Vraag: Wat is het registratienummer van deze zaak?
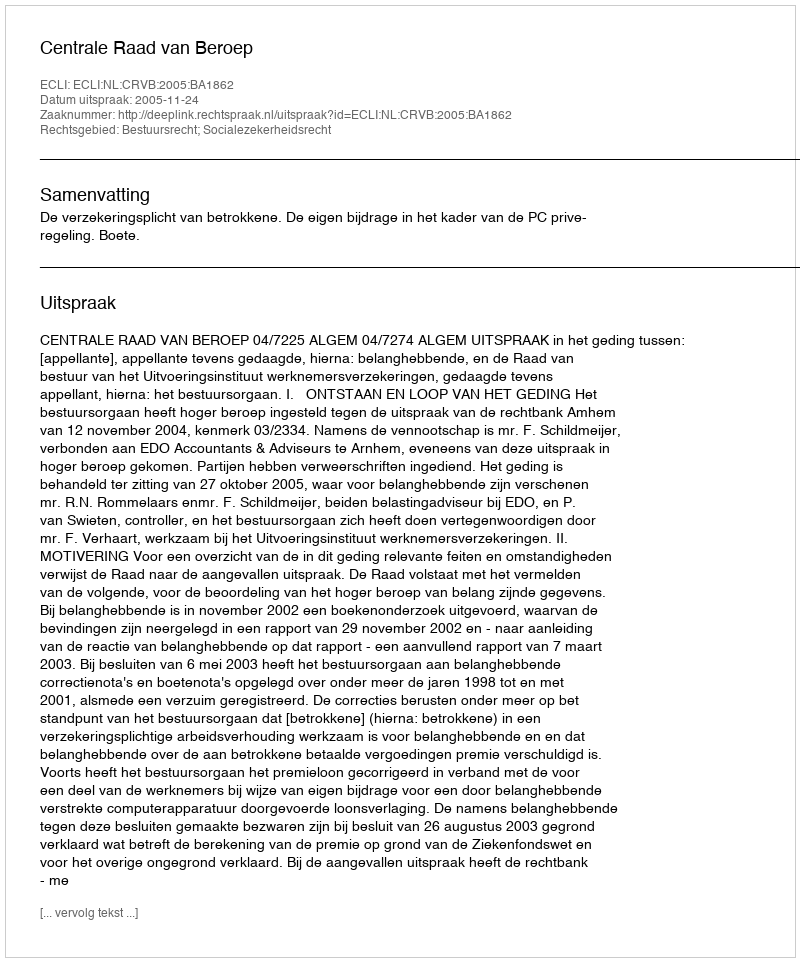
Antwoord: http://deeplink.rechtspraak.nl/uitspraak?id=ECLI:NL:CRVB:2005:BA1862